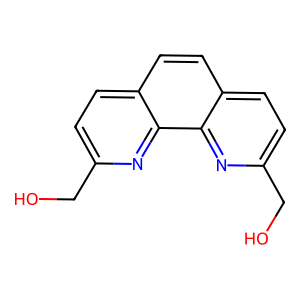
SMILES: OCc1ccc2ccc3ccc(CO)nc3c2n1
Inhibits HIV replication: No